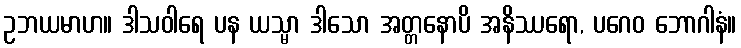
ဥဘယမာဟ။ ဒါသဝါရေ ပန ယသ္မာ ဒါသော အတ္တနောပိ အနိဿရော, ပဂေဝ ဘောဂါနံ။